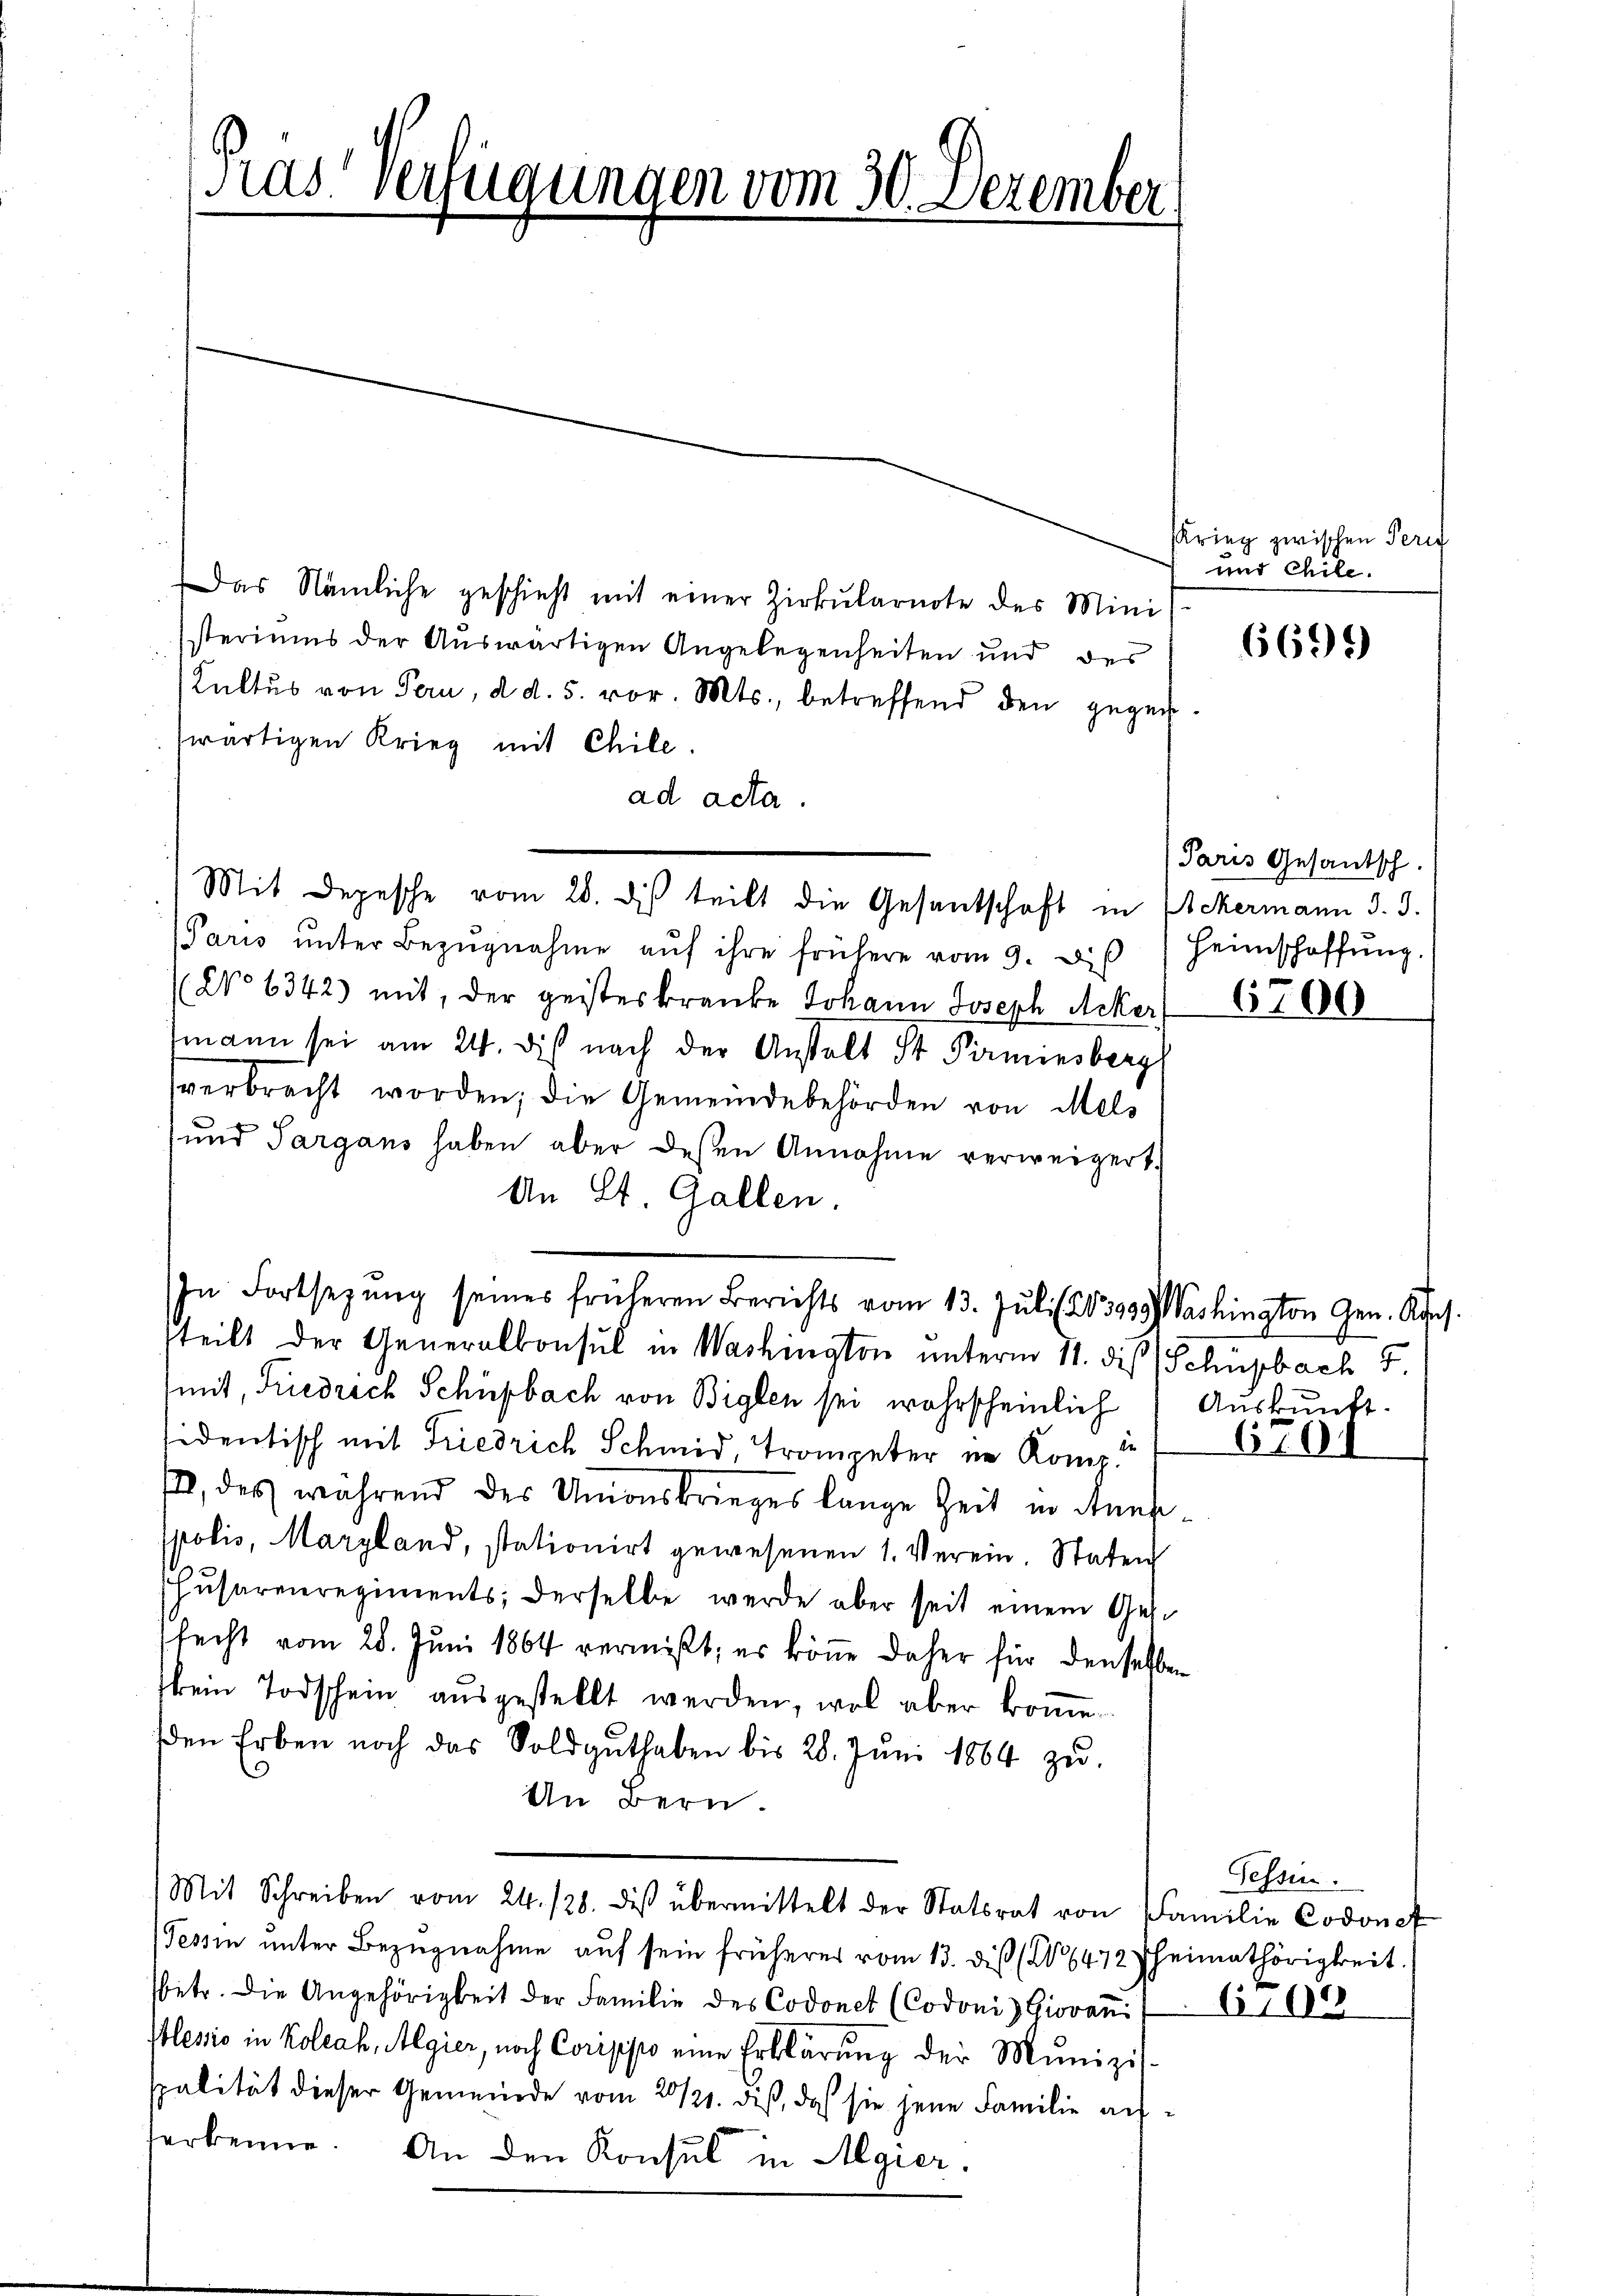
Pras Verfügungen vom 30. Dezember

Das Nämliche geschieht mit einer Zirkularnote des Mini
steriums der Auswärtigen Angelegenheiten und des
Kultus von Pern, d. d. 5. vor. Mts., betreffend den gegenwärtigen Krieg mit Chile.
ad acta.
Paris ŭnter Bezŭgnahme aŭf ihre frühere vom 9. d. Heimschaffŭng.
(No 6342) mit, der geisteskranke Johann Joseph Acker,
mann sei am 24. dis nach der Anstalt St. Pirminsberg
verbracht worden; die Gemeindebehörden von Mels
 und Sargans haben aber dessen Annahme verweigert.
An St. Gallen.
tteilt der Generalkonsul in Washington unterm 11. die Schüpbach 7.
mit, Friedrich Schüpbach von Biglen sei wahrscheinlich Auskunft.
de
sidentisch mit Friedrich Schmid, Trompeter im Komp.
, des während des Unionskrieges lange Zeit in Ansspolis, Margland, stationirt gewesenen 1. Verein. Staten
Husareeregiments; derselbe werde aber seit einem Ges.
fecht vom 28. Juni 1864 vermißt, es könne daher für denselben
kein Todschein aŭsgestellt werden, was aber kome
den Erben noch das Soldguthaben bis 28. Jŭni 1864 zu
An Bern.
Mit Schreiben vom 24. 128. des übermittelt der Statsrat von Familie Codonet
Tessin ŭnter Bezŭgnahme aŭf sein früherer vom 13. diβ (N. 6472 heimathörigkeit.
sbetr. die Angehörigkeit der Familie des Codonet (Codoni Giovaṅ:/ 6, 109
Plessio in Koleah, Algier, noch Corippo eine Erklärung der Munizisspalität dieser Gemeinde vom 20/21. diß, daß sie jene Familie auferkenne. An den Konsul in Algier

Mit Depesche vom 28. des teilt die Gesantschaft in Ackermann d. 3.

In Fortsezung seines früheren Berichts vom 13. Jŭli (203939 Washington Gen. Kons.

KKrieg zwischen Perit
und Chile.

6696)

Paris Gesantsch.

6700

6701

Sessen.